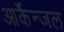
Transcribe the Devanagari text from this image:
आर्केन्जल